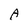
Character: A